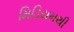
મિડિયમથી